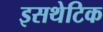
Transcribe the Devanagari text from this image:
इसथेटिक